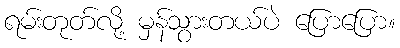
ရမ်းတုတ်လို့ မှန်သွားတယ်ပဲ ပြောပြော။